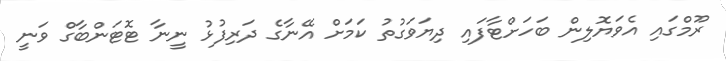
ރޫމްގައި އެވަޔޮލިން ބަހަށްޓާފައި ދިޔަވަގުތު ކަމަށް އޭނާގެ ދަރިފުޅު ނީނާ ޓޮޓަންބާގް ވަނީ